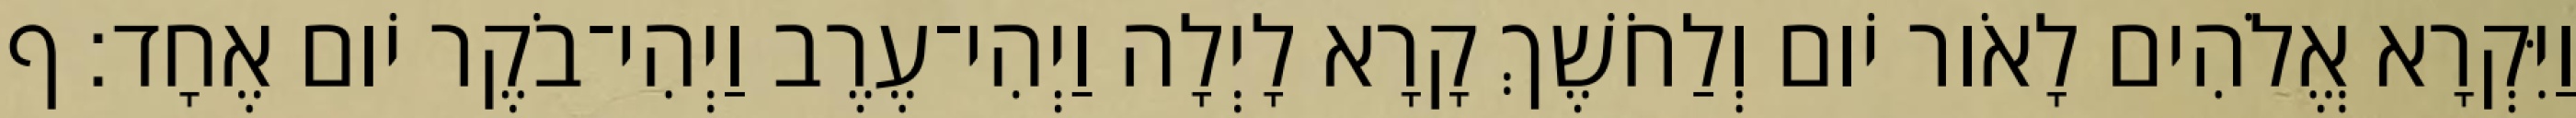
וַיִּקְרָא אֱלֹהִים לָאֹור יֹום וְלַחֹשֶׁךְ קָרָא לָיְלָה וַיְהִי־עֶרֶב וַיְהִי־בֹקֶר יֹום אֶחָד׃ ף